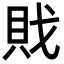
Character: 戝